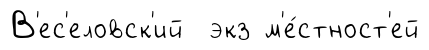
В'ес'еловск'ий экз м'е́стност'ей